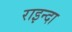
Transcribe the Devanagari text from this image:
राइन्दा